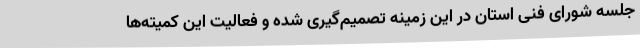
جلسه شورای فنی استان در این زمینه تصمیم‌گیری شده و فعالیت این کمیته‌ها